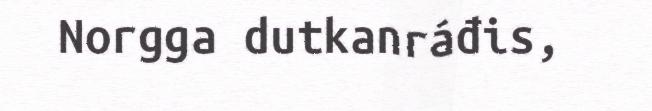
Norgga dutkanráđis,